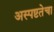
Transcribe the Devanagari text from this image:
अस्पष्टतेचा